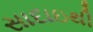
સાદાઇથી